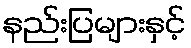
နည်းပြများနှင့်